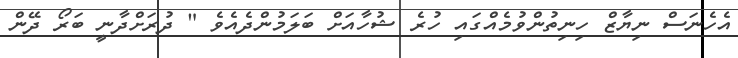
އެހެނަސް ނިޔާޒް ހިނިތުންވުމެއްގައި ހުރެ ޝުހާއަށް ބަލަމުންދެއެވެ " ދުރަށްދާނީ ބަރޯ ދޭން